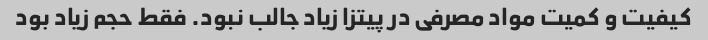
کیفیت و کمیت مواد مصرفی در پیتزا زیاد جالب نبود. فقط حجم زیاد بود